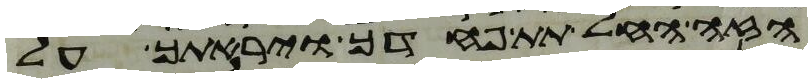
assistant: הזה החל תת פחדך ויראתך על